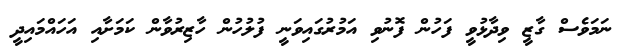
ނަމަވެސް ގާޒީ ވިދާޅުވީ ފަހުން ފޮނުވި އަމުރުގައިވަނީ ފުލުހުން ހާޒިރުވާން ކަމަށާއި އަހައްމައިދީ